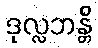
ဒုလ္လဘန္တိ